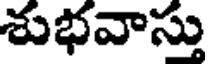
శుభవాస్తు